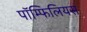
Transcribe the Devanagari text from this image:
पॉम्फिलियस